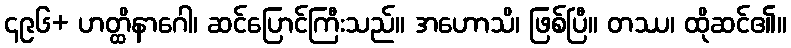
၄၉၆+ ဟတ္ထိနာဂေါ၊ ဆင်ပြောင်ကြီးသည်။ အဟောသိ၊ ဖြစ်ပြီ။ တဿ၊ ထိုဆင်၏။